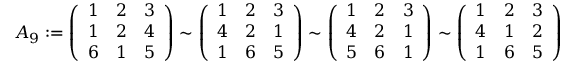
A _ { 9 } : = \left( \begin{array} { l l l } { 1 } & { 2 } & { 3 } \\ { 1 } & { 2 } & { 4 } \\ { 6 } & { 1 } & { 5 } \end{array} \right) \sim \left( \begin{array} { l l l } { 1 } & { 2 } & { 3 } \\ { 4 } & { 2 } & { 1 } \\ { 1 } & { 6 } & { 5 } \end{array} \right) \sim \left( \begin{array} { l l l } { 1 } & { 2 } & { 3 } \\ { 4 } & { 2 } & { 1 } \\ { 5 } & { 6 } & { 1 } \end{array} \right) \sim \left( \begin{array} { l l l } { 1 } & { 2 } & { 3 } \\ { 4 } & { 1 } & { 2 } \\ { 1 } & { 6 } & { 5 } \end{array} \right)